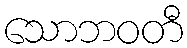
သောဘဝတီ